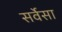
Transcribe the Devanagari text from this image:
सर्वेसा